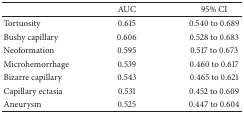
|  | AUC | 95% CI |
 | --- | --- | --- |
 | Tortuosity | 0.615 | 0.540 to 0.689 |
 | Bushy capillary | 0.606 | 0.528 to 0.683 |
 | Neoformation | 0.595 | 0.517 to 0.673 |
 | Microhemorrhage | 0.539 | 0.460 to 0.617 |
 | Bizarre capillary | 0.543 | 0.465 to 0.621 |
 | Capillary ectasia | 0.531 | 0.452 to 0.609 |
 | Aneurysm | 0.525 | 0.447 to 0.604 |